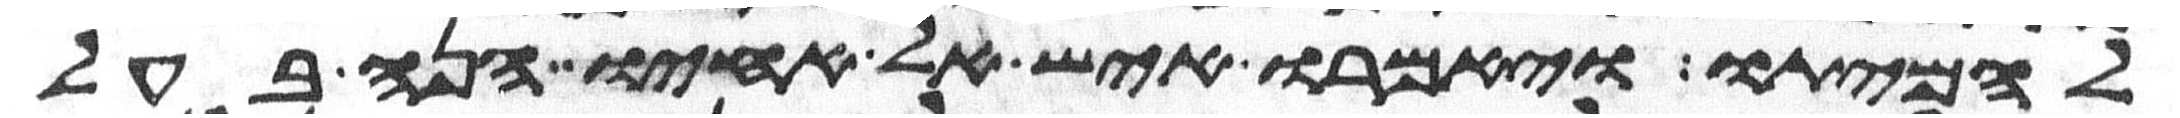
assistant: להמיתו ויאמרו איש אל אחיו הנה בעל